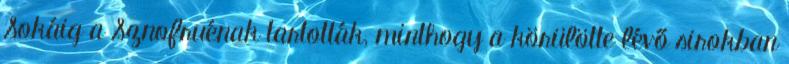
Sokáig a Sznofruénak tartották, minthogy a körülötte lévő sirokban